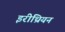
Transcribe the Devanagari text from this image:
इरीथ्रियन